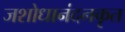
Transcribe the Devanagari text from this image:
जशोधानंदनकृत